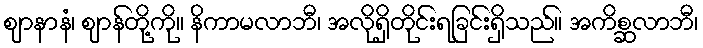
ဈာနာနံ၊ ဈာန်တို့ကို။ နိကာမလာဘီ၊ အလိုရှိတိုင်းရခြင်းရှိသည်။ အကိစ္ဆလာဘီ၊